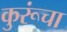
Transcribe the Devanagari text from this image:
कुरूंचा